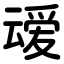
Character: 叆